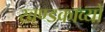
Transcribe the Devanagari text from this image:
खण्डकाव्यों